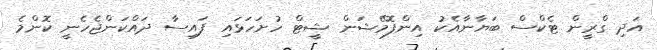
އަދި ގްރީން ޓެކްސް ބަޔާނާއެކު އިންފޮމޭޝަން ޝީޓް ހުށަހަޅައި ފައިސާ ދައްކަންޖެހެނީ ކޮންމެ